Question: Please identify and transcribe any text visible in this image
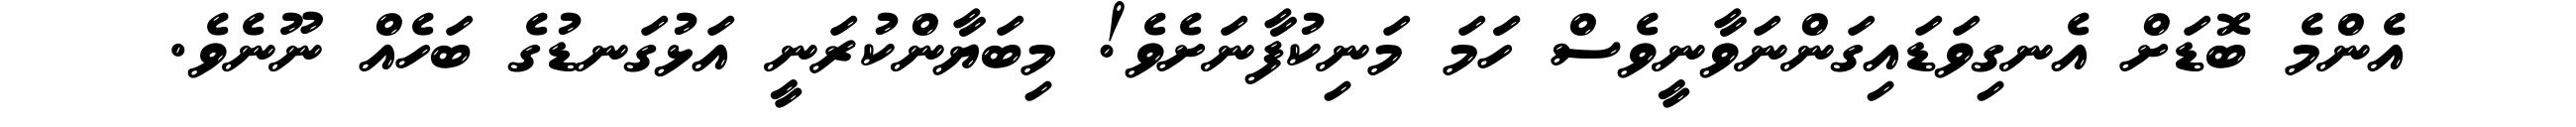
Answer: އެންމެ ބޮޑަށް އެނގިވަޑައިގަންނަވާނީވެސް ހަަމަ މަނިކުފާނަށެވެ! މިބަޔާންކުރަނީ އަޅުގަނޑުގެ ބަހެއް ނޫނެވެ.